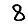
Digit: 8